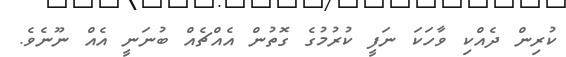
ކުރިން ދެއްކި ވާހަކަ ނަފީ ކުރުމުގެ ގޮތުން އެއްޗެއް ބުނަނީ އެއް ނޫނެވެ.